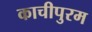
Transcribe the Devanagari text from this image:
काचीपुरम